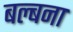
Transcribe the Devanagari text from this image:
बल्बना